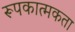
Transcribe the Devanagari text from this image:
रूपकात्मकता